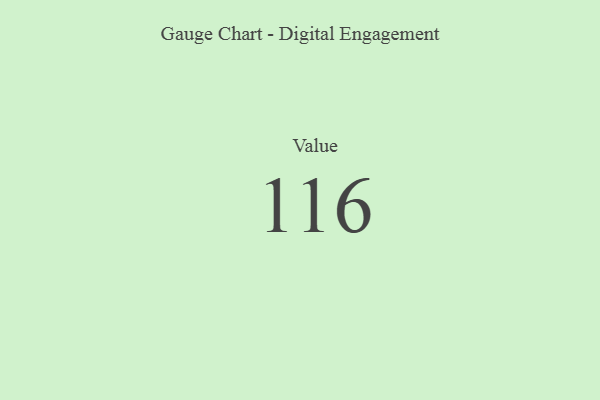
{"axis": {"x": "Metric", "y": "Value"}, "legend": [""], "data": [{"x": "Value", "y": 116, "type": ""}]}